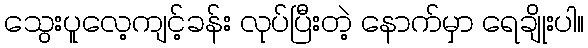
သွေးပူလေ့ကျင့်ခန်း လုပ်ပြီးတဲ့ နောက်မှာ ရေချိုးပါ။